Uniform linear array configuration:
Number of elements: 4
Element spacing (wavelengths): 1
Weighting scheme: blackman
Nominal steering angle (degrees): -45
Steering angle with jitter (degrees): -43.355
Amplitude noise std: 0.05
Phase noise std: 0.05

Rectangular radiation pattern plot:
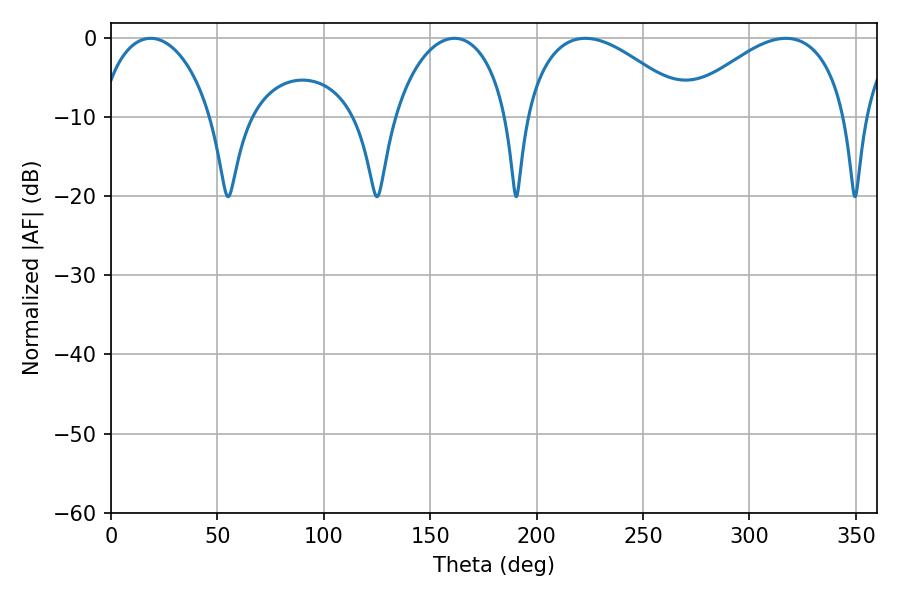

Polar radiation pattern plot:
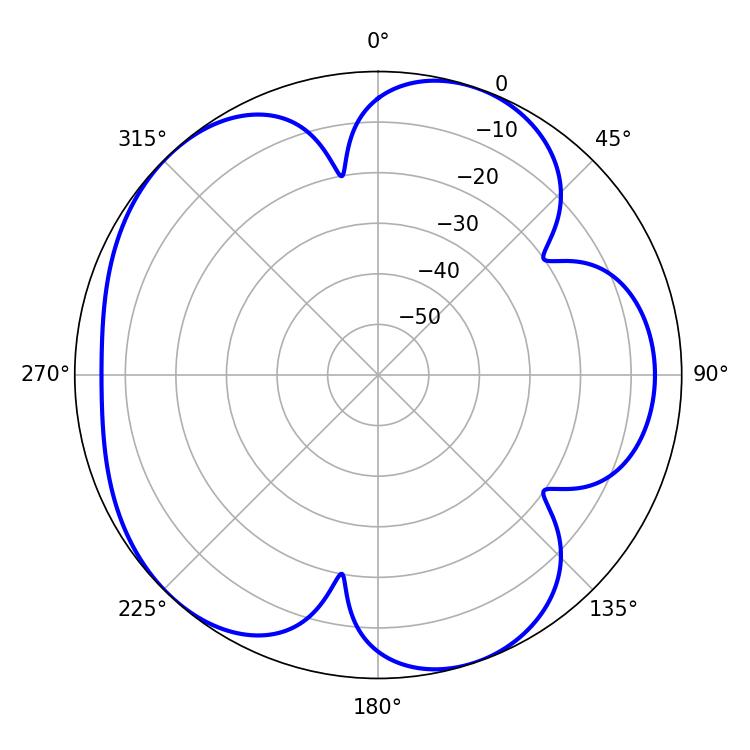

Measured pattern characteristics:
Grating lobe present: TRUE
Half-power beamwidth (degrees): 43.2
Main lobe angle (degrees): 222.84